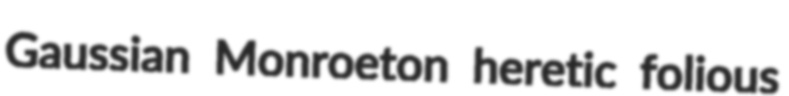
Gaussian Monroeton heretic folious